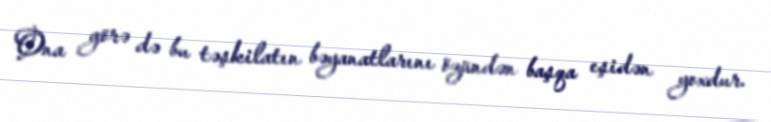
Ona görə də bu təşkilatın bəyanatlarını özündən başqa eşidən yoxdur.